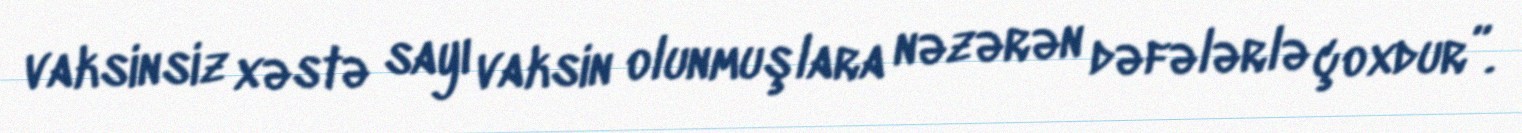
vaksinsiz xəstə sayı vaksin olunmuşlara nəzərən dəfələrlə çoxdur”.